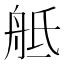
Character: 𦨢